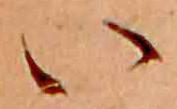
い